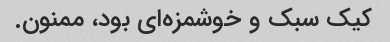
کیک سبک و خوشمزه‌ای بود، ممنون.